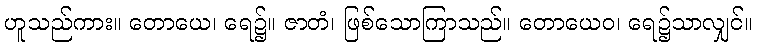
ဟူသည်ကား။ တောယေ၊ ရေ၌။ ဇာတံ၊ ဖြစ်သောကြာသည်။ တောယေဝ၊ ရေ၌သာလျှင်။